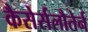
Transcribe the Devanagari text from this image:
कैसेर्सलौतेर्न